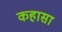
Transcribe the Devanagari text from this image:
कहासा